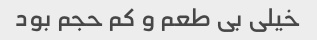
خیلی بی طعم و کم حجم بود